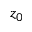
z _ { 0 }